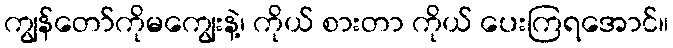
ကျွန်တော်ကိုမကျွေးနဲ့၊ ကိုယ် စားတာ ကိုယ် ပေးကြရအောင်။